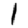
Digit: 1